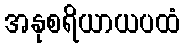
အနုစရိယာယပထံ